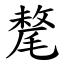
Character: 氂